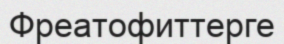
Фреатофиттерге